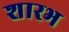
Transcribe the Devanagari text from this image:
शारभ